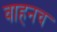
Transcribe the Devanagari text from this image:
वाहनच